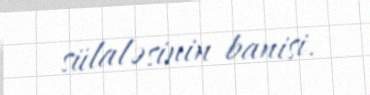
sülaləsinin banisi.